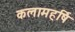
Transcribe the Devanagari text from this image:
कलामहर्षि